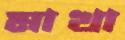
মাখা